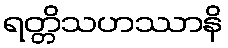
ရတ္တိသဟဿာနိ